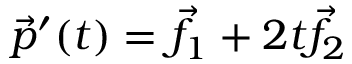
{ \vec { p } } ^ { \prime } ( t ) = { \vec { f } } _ { 1 } + 2 t { \vec { f } } _ { 2 }